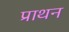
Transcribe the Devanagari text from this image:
प्राथन